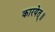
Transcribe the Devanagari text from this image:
कारयेत्॥